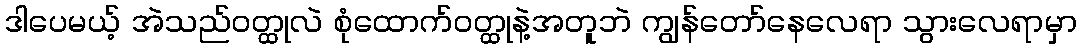
ဒါပေမယ့် အဲသည်ဝတ္ထုလဲ စုံထောက်ဝတ္ထုနဲ့အတူဘဲ ကျွန်တော်နေလေရာ သွားလေရာမှာ